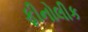
ફીનોલીક